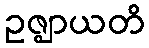
ဥဇ္ဈာယတိ